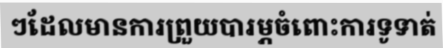
ៗដែលមានការព្រួយបារម្ភចំពោះការទូទាត់